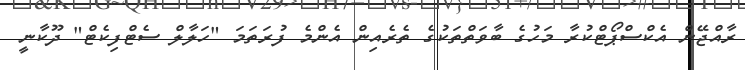
ރާއްޖޭން އެކްސްޕޯޓްކުރާ މަހުގެ ބާވަތްތަކުގެ ތެރެއިން އެންމެ ފުރަތަމަ "ހަލާލް ސެޓްފިކެޓް" ދޫކާނީ